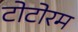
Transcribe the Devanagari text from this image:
टोटोरम